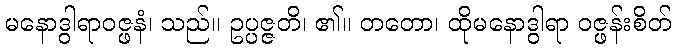
မနောဒွါရာဝဇ္ဖနံ၊ သည်။ ဥပ္ပဇ္ဇတိ၊ ၏။ တတော၊ ထိုမနောဒွါရာ ဝဇ္ဖန်းစိတ်